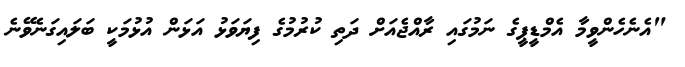
"އެނެހެންވީމާ އެމްޑީޕީގެ ނަމުގައި ރާއްޖެއަށް ދަތި ކުރުމުގެ ފިޔަވަޅު އަޅަން އުޅުމަކީ ބަލައިގަނެވޭނެ